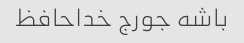
باشه جورج خداحافظ